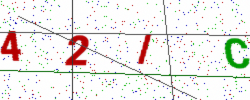
Text: 42IC